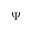
\Psi